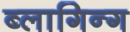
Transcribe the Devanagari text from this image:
ब्लागिन्ग